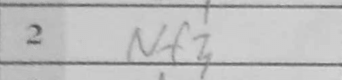
Transcription: Nf3